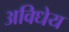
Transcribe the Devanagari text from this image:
अविधेय